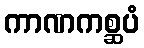
ကာဏကစ္ဆပံ